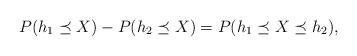
LaTeX: \begin{align*}P(h_1\preceq X)-P(h_2 \preceq X)=P(h_1 \preceq X \preceq h_2),\end{align*}